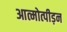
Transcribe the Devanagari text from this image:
आत्मोत्पीड़न